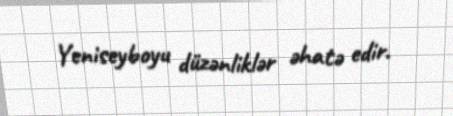
Yeniseyboyu düzənliklər əhatə edir.